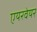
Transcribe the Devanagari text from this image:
एयरवेयर